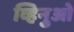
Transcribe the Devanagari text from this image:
व्हिनुओ